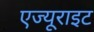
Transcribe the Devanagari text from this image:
एज्यूराइट